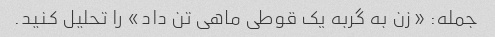
جمله: «زن به گربه یک قوطی ماهی تن داد» را تحلیل کنید.